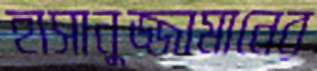
হাসানুজ্জামানের